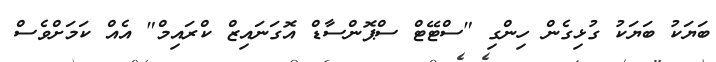
ބަޔަކު ބަޔަކު ގުޅިގެން ހިންގި "ސްޓޭޓް ސްޕޮންސާޑް އޮގަނައިޒް ކްރައިމް" އެއް ކަމަށްވެސް